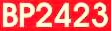
BP2423